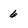
Character: 6